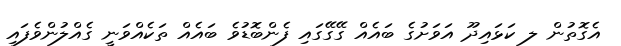
އެގޮތުން ލ ކަޅައިދޫ އަވަށުގެ ބައެއް ގޭގޭގައި ފެންބޮޑުވެ ބައެއް ތަކެއްވަނީ ގެއްލުންވެފައި